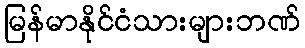
မြန်မာနိုင်ငံသားများဘဏ်